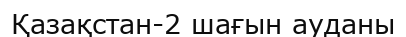
Қазақстан-2 шағын ауданы